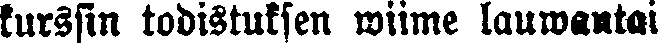
kurssin todistuksen wiime lauwantai